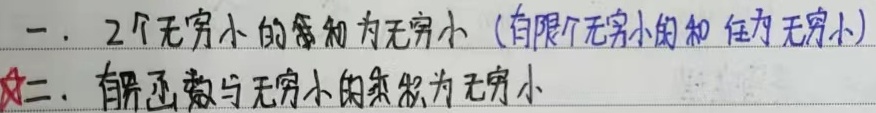
一. 2个无穷小的和仍为无穷小（有限个无穷小的和仍为无穷小）✰
二. 有界函数与无穷小的乘积为无穷小